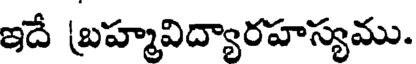
ఇదే బ్రహ్మవిద్యారహస్యము.